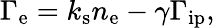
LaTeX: \Gamma_{\mathrm{e}}=k_{\mathrm{s}}n_{\mathrm{e}}-\gamma\Gamma_{\mathrm{ip}},